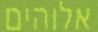
אלוהים